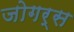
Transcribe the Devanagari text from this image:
जोगर्स